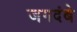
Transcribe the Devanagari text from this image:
जगदंबे